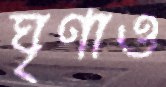
ঘৃণাও